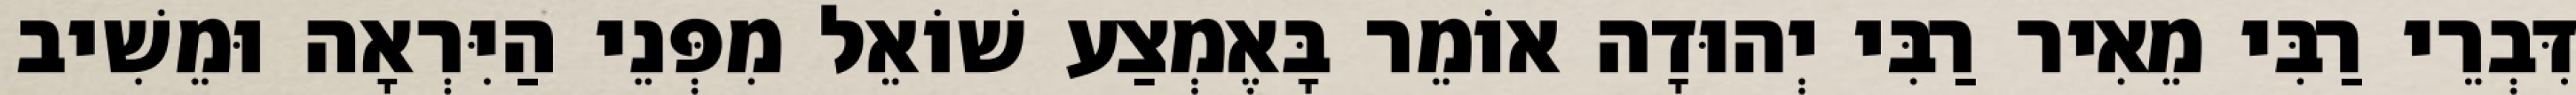
דִּבְרֵי רַבִּי מֵאִיר רַבִּי יְהוּדָה אוֹמֵר בָּאֶמְצַע שׁוֹאֵל מִפְּנֵי הַיִּרְאָה וּמֵשִׁיב